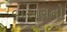
વાસણનો